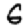
Digit: 6